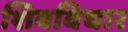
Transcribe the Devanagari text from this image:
शिवविचार